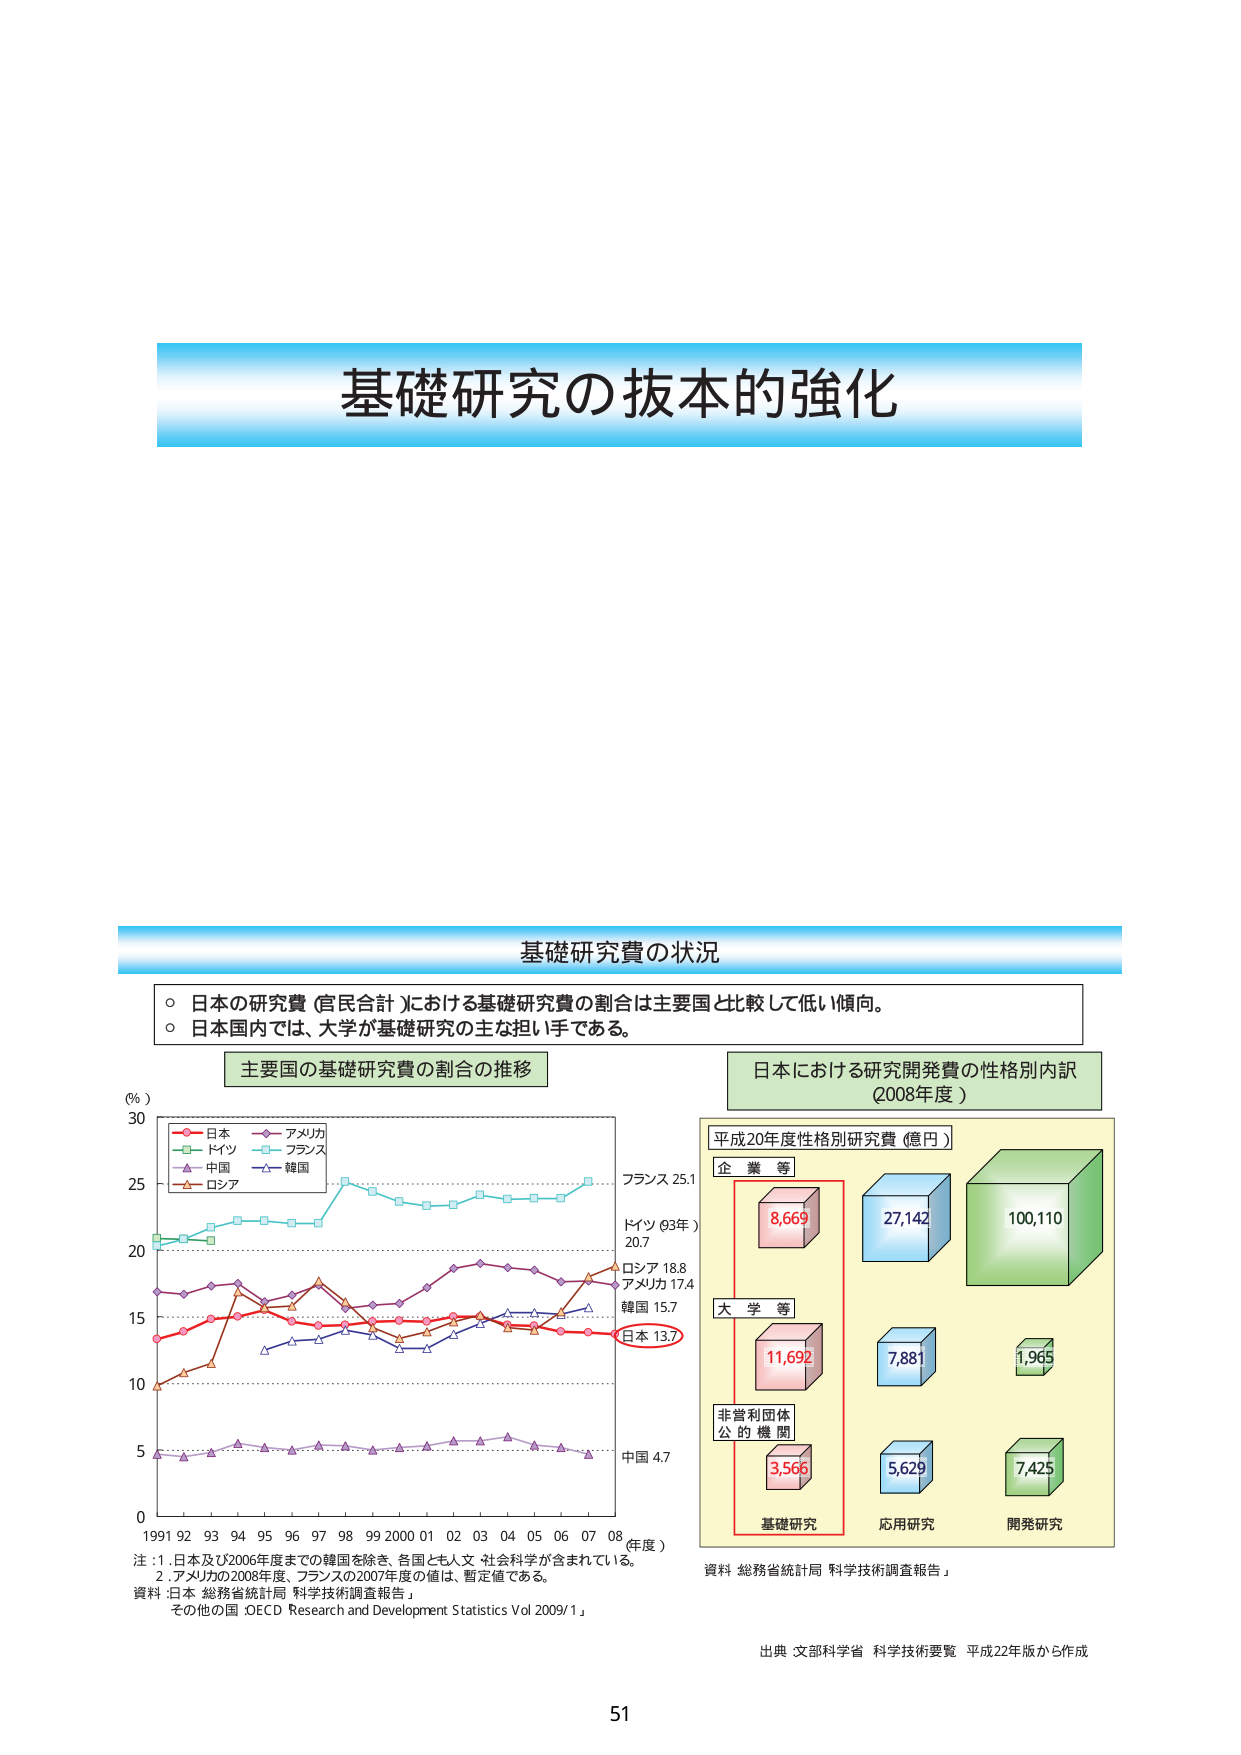
基礎研究の抜本的強化

基礎研究費の状況
○ 日本の研究費（官民合計）における基礎研究費の割合は主要国と比較して低い傾向。
○ 日本国内では、大学が基礎研究の主な担い手である。

主要国の基礎研究費の割合の推移
（％）
30
25
20
15
10
5
0
1991 92 93 94 95 96 97 98 99 2000 01 02 03 04 05 06 07 08（年度）

日本
アメリカ
ドイツ
フランス
中国
韓国
ロシア

注：1. 日本及び2006年度までの韓国を除き、各国とも人文・社会科学が含まれている。
2. アメリカの2008年度、フランスの2007年度の値は、暫定値である。
資料：日本 総務省統計局「科学技術調査報告」
その他の国：OECD Research and Development Statistics Vol 2009/1」

日本 13.7
韓国 15.7
アメリカ 17.4
ロシア 18.8
ドイツ（03年）20.7
フランス 25.1
中国 4.7

日本における研究開発費の性格別内訳
（2008年度）

平成20年度性格別研究費（億円）
企業等
8,669
27,142
100,110
大学等
11,692
7,881
1,965
非営利団体
公的機関
3,566
5,629
7,425
基礎研究
応用研究
開発研究

資料：総務省統計局「科学技術調査報告」

出典：文部科学省 科学技術要覧 平成22年版から作成

51